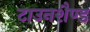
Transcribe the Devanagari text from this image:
टाउनशैण्ड